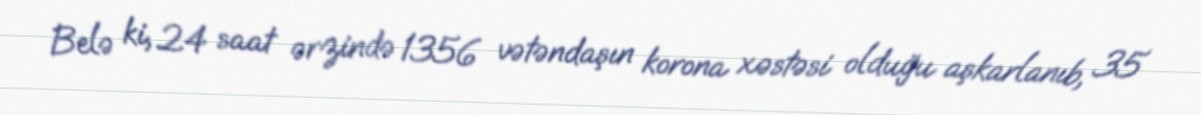
Belə ki, 24 saat ərzində 1356 vətəndaşın korona xəstəsi olduğu aşkarlanıb, 35